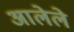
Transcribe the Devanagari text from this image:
अालेले